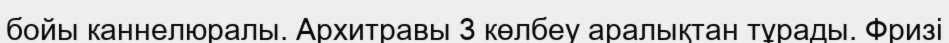
бойы каннелюралы. Архитравы 3 көлбеу аралықтан тұрады. Фризі